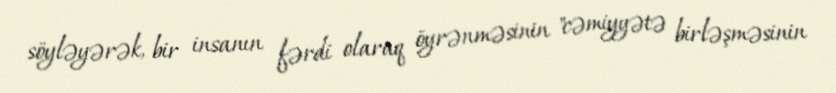
söyləyərək, bir insanın fərdi olaraq öyrənməsinin "cəmiyyətə birləşməsinin